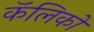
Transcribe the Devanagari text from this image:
कॅलिको